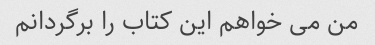
من می خواهم این کتاب را برگردانم